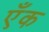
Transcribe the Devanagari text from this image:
एँक